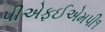
પીએફઈએમપી૧